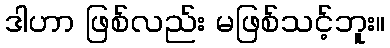
ဒါဟာ ဖြစ်လည်း မဖြစ်သင့်ဘူး။